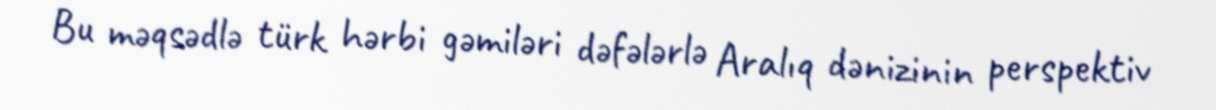
Bu məqsədlə türk hərbi gəmiləri dəfələrlə Aralıq dənizinin perspektiv